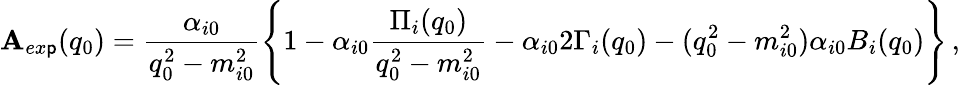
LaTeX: \mathbf{A}_{ex\mathsf{p}}(q_{0})=\frac{{\alpha_{i0}}}{{q_{0}^{2}-m_{i0}^{2}}}\left\{ 1-\alpha_{i0}\frac{{\Pi_{i}(q_{0})}}{{q_{0}^{2}-m_{i0}^{2}}}-\alpha_{i0}2\Gamma_{i}(q_{0})-(q_{0}^{2}-m_{i0}^{2})\alpha_{i0}B_{i}(q_{0})\right\} \, ,